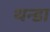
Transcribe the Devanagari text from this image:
थन्डा